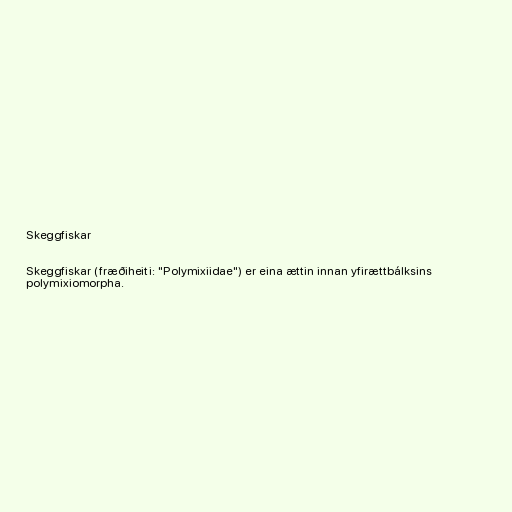
Skeggfiskar

Skeggfiskar (fræðiheiti: "Polymixiidae") er eina ættin innan yfirættbálksins
polymixiomorpha.